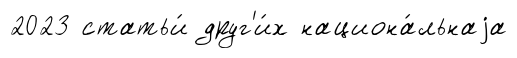
2023 статьи́ друг'и́х национа́льнаjа